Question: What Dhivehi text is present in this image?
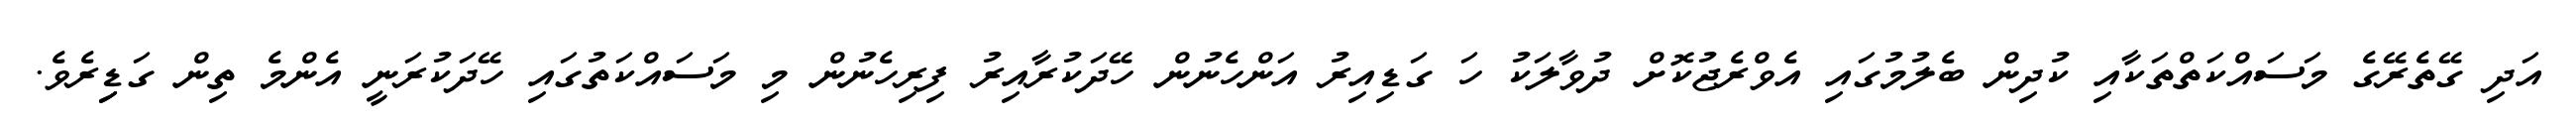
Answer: އަދި ގޭތެރޭގެ މަސައްކަތްތަކާއި ކުދިން ބެލުމުގައި އެވްރެޖުކޮށް ދުވާލަކު ހަ ގަޑިއިރު އަންހެނުން ހޭދަކުރާއިރު ފިރިހެނުން މި މަސައްކަތުގައި ހޭދަކުރަނީ އެންމެ ތިން ގަޑިިރެވެ.